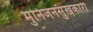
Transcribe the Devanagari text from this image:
मुनिजनसुखकारी